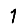
Digit: 1